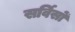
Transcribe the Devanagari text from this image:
सर्विसों